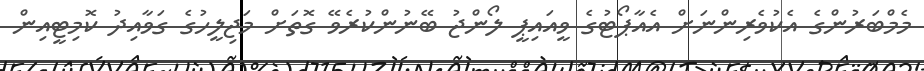
މެމްބަރުންގެ އެކުވެރިންނަށް އެއާޕޯޓުގެ ވީއައިޕީ ލޯންޖު ބޭނުންކުރެވޭ ގޮތަށް މަޖިލީހުގެ ގަވާއިދު ކޮމިޓީއިން